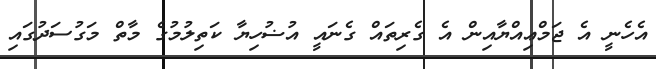
އެހެނީ އެ ޖަމްޢިއްޔާއިން އެ ގެރިތައް ގެނައީ އުޟުހިޔާ ކަތިލުމުގެ މާތް މަގުސަދުގައި